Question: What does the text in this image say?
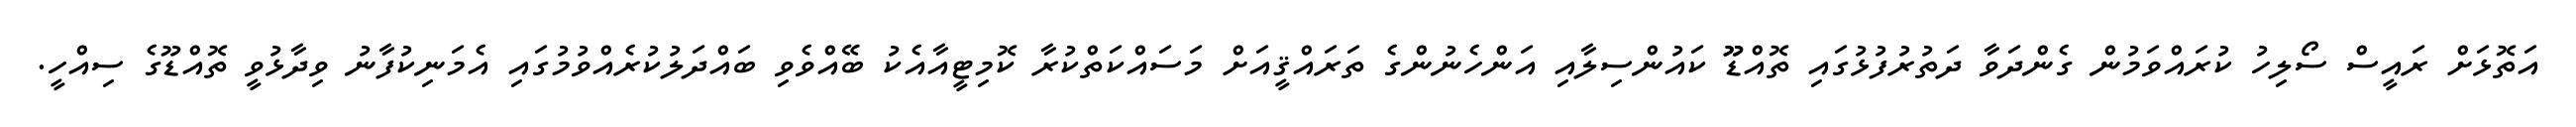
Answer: އަތޮޅަށް ރައީސް ސޯލިހު ކުރައްވަމުން ގެންދަވާ ދަތުރުފުޅުގައި ތޮއްޑޫޫ ކައުންސިލާއި އަންހެނުންގެ ތަރައްޤީއަށް މަސައްކަތްކުރާ ކޮމިޓީއާއެކު ބޭއްވެވި ބައްދަލުކުރެއްވުމުގައި އެމަނިކުފާނު ވިދާޅުވީ ތޮއްޑޫގެ ސިއްހީ.